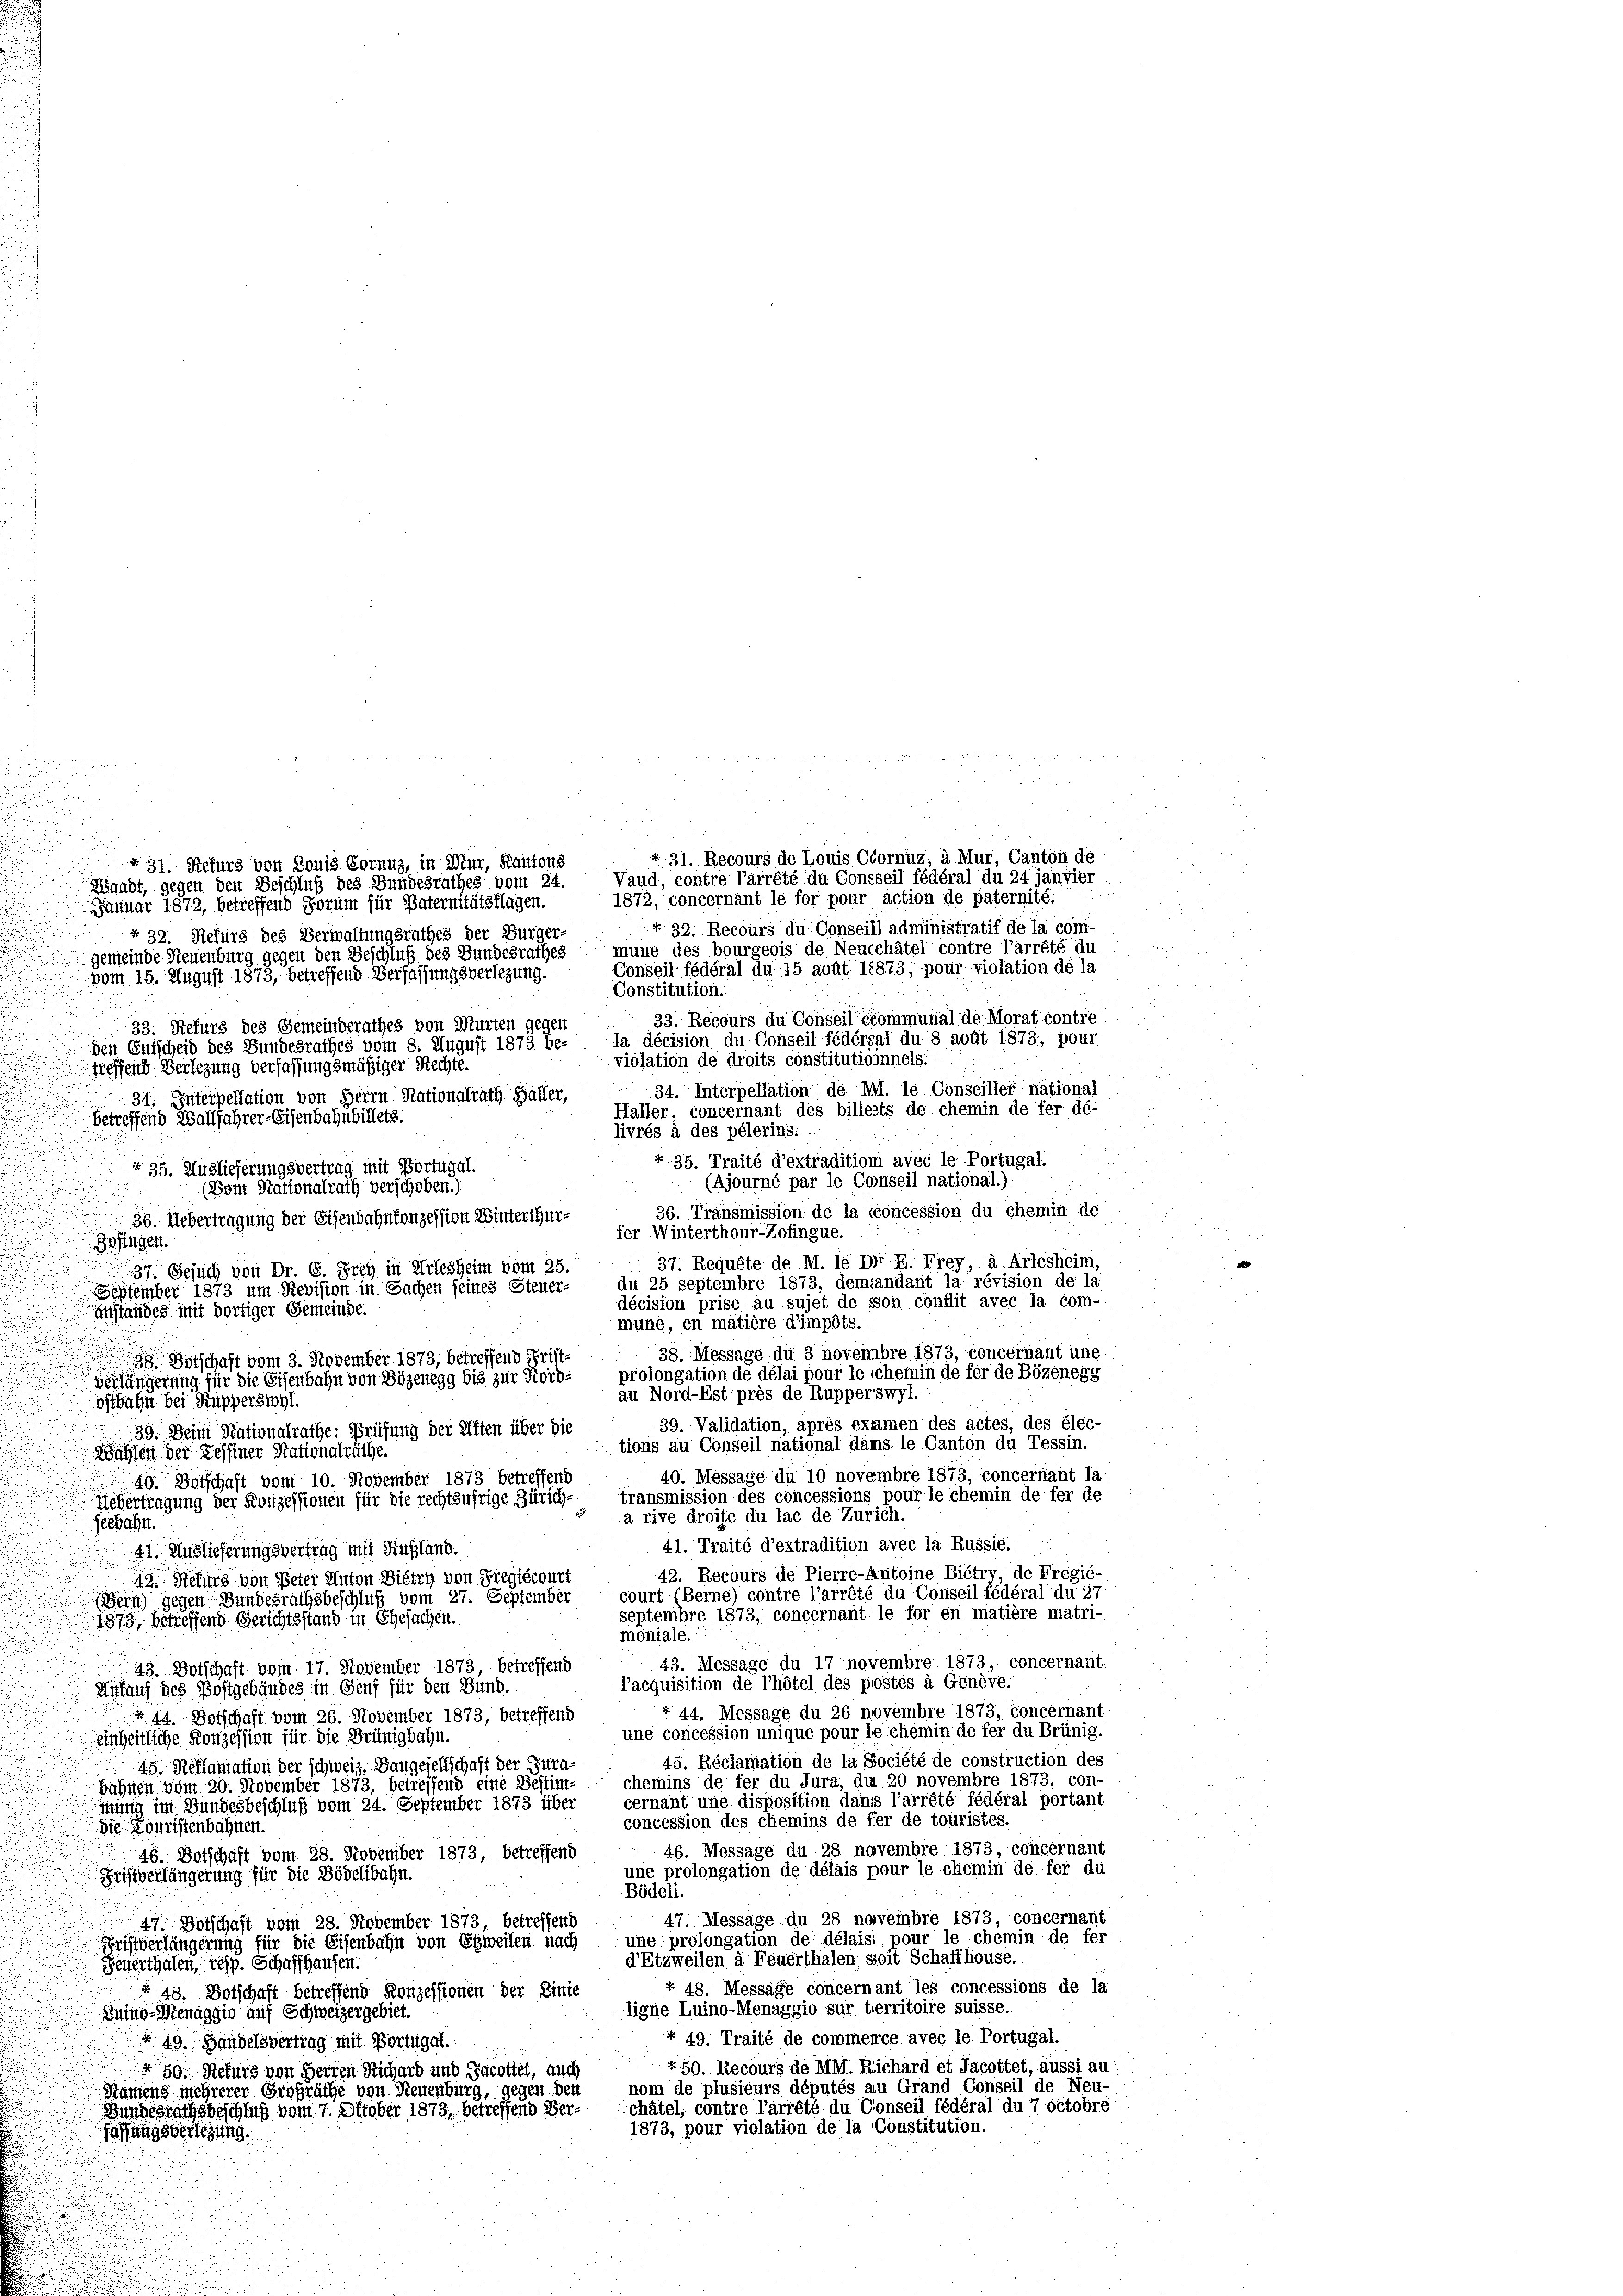
.

§ 31. Rekurs von Louis Cornuz, in Mitr, Kantons
Waadt, gegen den Beschluß des Bundesrathes vom 24.
1872, concernant le for pour action de paternité.
Januar 1872, betreffend Forum für Paternitätsklagen.
+ 32. Recours du Conseill administratif de la com-
§ 32. Refurg des Verwaltungsrathes der Bürger-
mune des bourgeois de Neucchâtel contre l’arrêté du
gemeinde Steuenburg gegen den Beschluß des Bundesrathes
Conseil fédéral du 15 août 11873, pour violation de la
vom 15. August 1873, betreffend Verfassungsverlegung.
Constitution.
33. Recours du Conseil ecommunal de Morat contre
33. Refurs des Gemeinderathes von Murten gegen
la décision du Conseil fédéral du 8 août 1873, pour
den Entscheid des Bundesrathes vom 8. August 1873 be-
violation de droits constitutionnels.
reffend Verlegung verfassungsmäßiger Rechte.
34. Interpellation de M. le Conseiller national
34. Interpellation von Herrn Stationalrath Haller,
Haller, concernant des billests de chemin de fer dé-
betreffend Wallfahrer-Eisenbahnbillets.
livrés à des pélerins: :
+ 35. Traité d’extradition avec le Portugal.
§ 35. Auslieferungsvertrag mit Portugal.
(Ajourné par le Conseil national.).
(Dom Nationalrath verschoben.)
n
36. Transmission de la concession du chemin de

36. Uebertragung der Eisenbahnkonzession Winterthurfer Winterthour-Zofingue.
i
Zofingen.
37. Requête de M. le Dr E. Frey, à Arlesheim,
37. Gesuch von Dr. G. Frey in Arlesheim vom 25.
du 25 septembre 1873, demandant la révision de la
September 1873 um Revision in Sachen seines Steuer-
décision prise au sujet de son conflit avec la com-
anstandes mit dortiger Gemeinde.

mune, en matière d’impôts.
u

38. Message di 3 novembre 1873, concernant une
 Entschaft vom 3. November 1873, betreffend Fristverlängerung für die Eisenbahn von Bözenegg bis zur Nord- prolongation de délai pour le chemin de fer de Bözenegg
au Nord-Est près de Rupperswyl.
ostbahn bei Küpperswyl.
39. Validation, après examen des actes, des élec-
39. Dein Stationalrathe: Prüfung der Aften über die
tions au Conseil national dams le Canton du Tessin.
Wahlen der Zessiner Stationalräthe.
40. Message du 10 novembre 1873, concernant la
49. Botschaft vom 10. November 1873 betreffend
transmission des concessions pour le chemin de fer de
Liebertragung der Konzessionen für die rechtsufrige Zürich-
a rive droite du lac de Zürich.
gerbahn.
41. Traité d’extradition avec la Russie.
41. Auslieferungsvertrag mit Rußland.
42. Recours de Pierre-Antoine Biétiv, de Fregié-
12 Rekurs von Peter Anton Dietry von Siegiécourt
court (Berne) contre l’arrété du Conseil fédéral du 27
Bern) gegen Bundesrathsbeschluß vom 27. September
septembre 1873, concernant le for en matière matri-
1873, betreffend Gerichtsstand in Ehesachen.
moniale.
43. Message du 17 novembre 1873, concernant.
43. Botschaft vom 17. November 1873, betreffend
l’acquisition de l’hôtel des postes à Genève.
Ankauf des Postgebäudes in Genf für den Bund.
 44. Message du 26 novembre 1873, concernant
§ 44. Botschaft vom 26. November 1873, betreffend
une concession unique pour le chemin de fer du Brünig.
einheitliche Konzession für die Brünigbahn.
45. Réclamation de la Société de construction des
45. Reklamation der schweiz. Bangesellschaft der Jura-
bahnen vom 20. November 1873, betreffend eine Bestim- chemins de fer du Jura, du 20 novembre 1873, con-
cernant une disposition dans l’arrété fédéral portant
mung im Bundesbeschluß vom 24. September 1873 über
concession des chemins de ffer de touristes.
Die Louristenbahnen.
46. Message du 28. novembre 1873, concernant
46. Botschaft vom 28. November 1873, betreffend
une prolongation de délais pour le chemin de fer du
Fristverlängerung für die Bödelibahn.
Bödeli.
47. Message du 28 novembre 1873, concernant
47. Botschaft vom 28. November 1873, betreffend
une prolongation de délaisi pour le chemin de fer
Fristverlängerung für die Eisenbahn von Erweilen nach
d’Etzweilen à Feuerthalen, soit Schaffhouse.
Feuerthalen, resp. Schaffhausen.
+ 48. Message concernant les concessions de la
 48. Botschaft betreffend Konzessionen der Linie
ligne Luino-Menaggio sur territoire suisse.
Buno-Menaggio auf Schweizergebiet.
 49. Traité de commence avec le Portugal.
§ 49. Handelsvertrag mit Portugal.
+ 50. Recours de MHI. Richard et Jacottet, äussi au
 50. Refurg von Herren Richard und Jacottet, auch
nom de plusieurs députés au Grand Conseil de Neu-
Namens mehrerer Großräthe von Neuenburg, gegen den
châtel, contre l’arrété du Conseil fédéral du 7 octobre
Wandesrathsbeschluß vom 7. Oktober 1873, betreffend Ver¬
1873, pour violation de la Constitution.
fassungsverlegung.

31. Recours de Louis Cornuz, à Mur, Canton de
Vaud, contre l’arrété du Consseil fédéral du 24 janvier